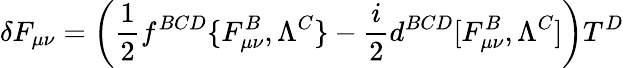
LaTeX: \delta F_{\mu\nu}=\left({\frac{1}{2}}f^{BCD}\{ F_{\mu\nu}^{B},\Lambda^{C}\} -{\frac{i}{2}}d^{BCD}[F_{\mu\nu}^{B},\Lambda^{C}]\right)T^{D}